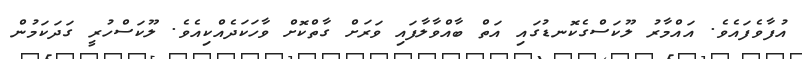
އުފާވެފައެވެ. އައްމާރު ލޫކަސްގެކޮނޑުގައި އަތް ބާއްވާލާފައި ވަރަށް ގާތްކޮށް ވާހަކަދެއްކިއެވެ. ލޫކަސްހުރީ ގަދަކަމުން